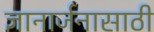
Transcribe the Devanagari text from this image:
ज्ञानार्जनासाठी